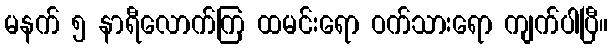
မနက် ၅ နာရီလောက်ကြ ထမင်းရော ဝက်သားရော ကျက်ပါပြီ။